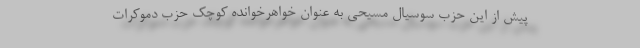
پیش از این حزب سوسیال مسیحی به عنوان خواهرخوانده کوچک حزب دموکرات